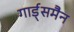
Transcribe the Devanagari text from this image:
गार्ड्समैन